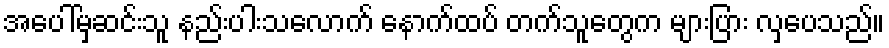
အပေါ်မှဆင်းသူ နည်းပါးသလောက် နောက်ထပ် တက်သူတွေက များပြား လှပေသည်။